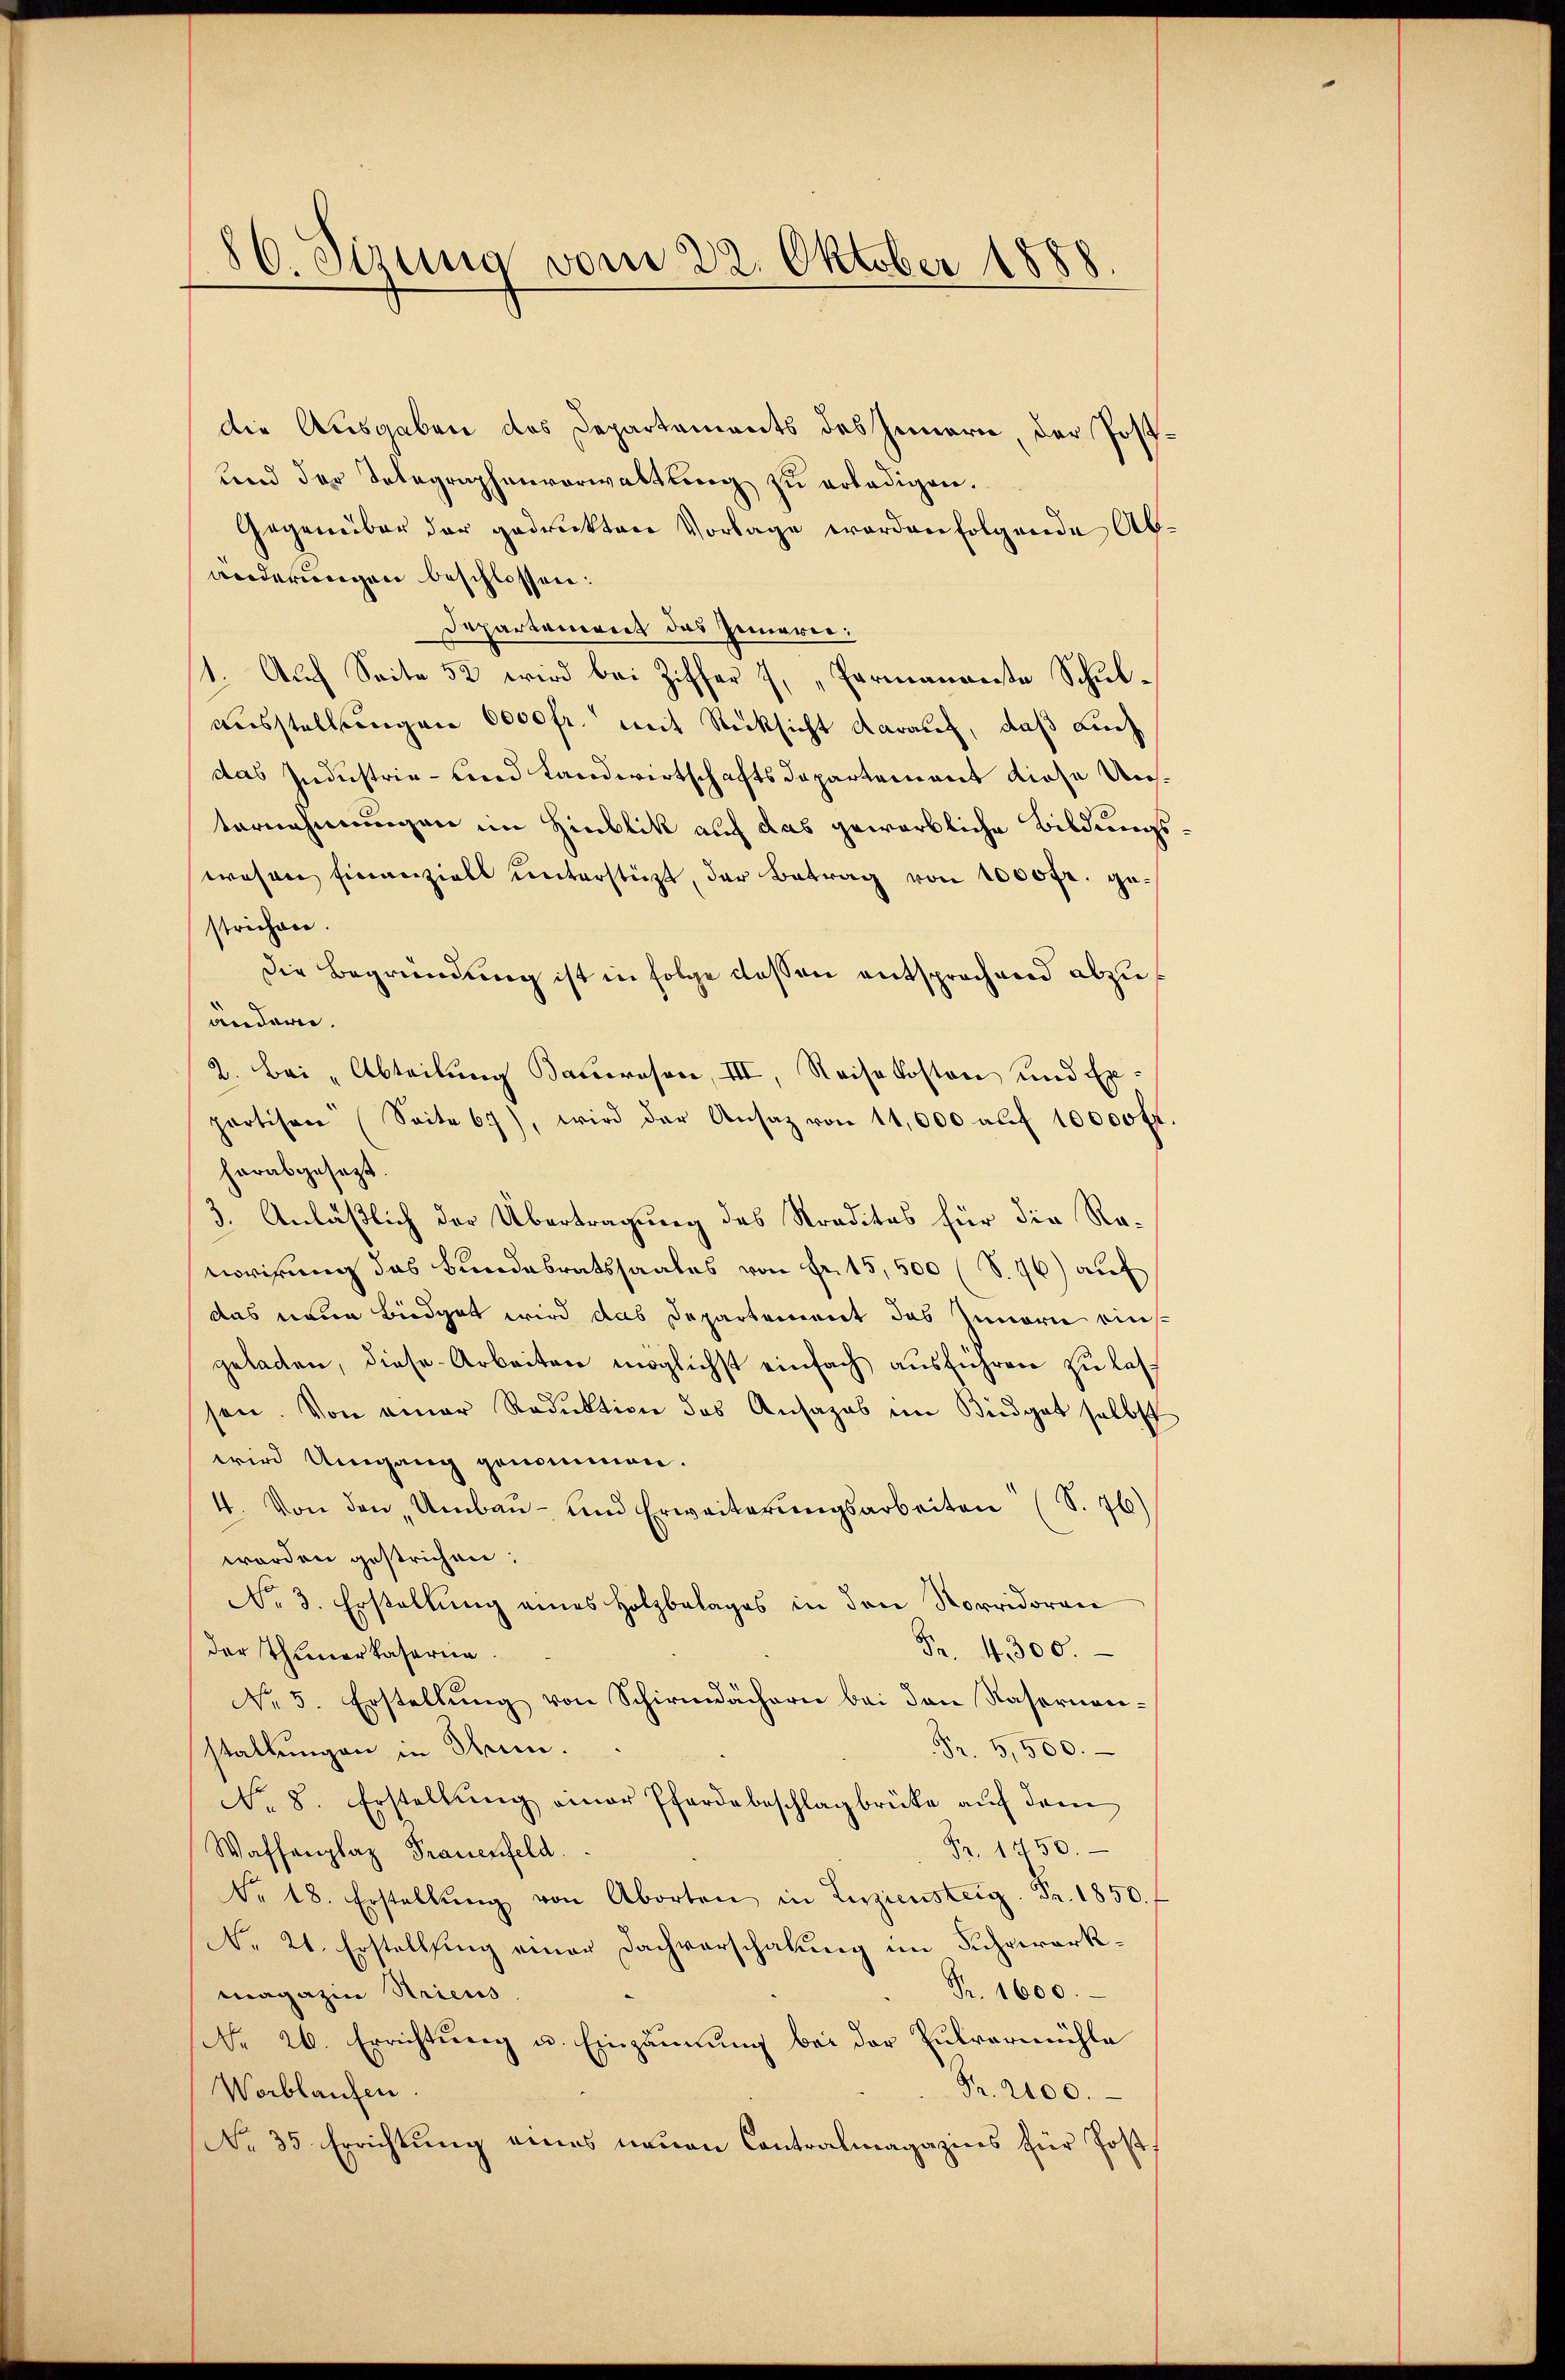
86. Sizung vom 22. Oktober 1888

die Ausgaben des Departements des Innern, der Post¬
und der Telegraphenverwaltung zŭ erledigen.
Gegenüber der gedruckten Vorlage worden folgende Abänderungen beschlossen:
Departement das Innerei:
1. Auf Seite 52 wird bei Ziffer 7, „Parmanente Schulausstellungen 6000 fr. mit Rücksicht darauf, daß Luchdas Industrie- und Landwirtschaftsdepartement diese Untornehmungen im Hinblik auf das gewerbliche Bildungswesen Finanziell unterstüzt, der Betrag von 1000fr. gestrichen.
Die Begründung ist in Folge dessen entsprochend abzuändern.
2. Bei "Abteilung Bauerson, III, Reisekosten und Expartisen (Seite 67), wird der Ansaz von 14,000 auf 10000 fr.
herabgesezt.
3. Anläßlich der Übertragung des Straditas für die Renorirung das Bundesratssaales von Fr. 15,500 (S. 46) auf
das neue Biedget wird das Departement das Innern einsgeladen, diese Arbeiten möglichst einfach ausführen zu lassen. Von einer Reduktion des Ansazas im Büdget selbst
wird Umgang genommen.
4. Von den Umbau- und Erweiterungsarbeiten (S. 76)
worden gestrichen.
No. 3. Erstellŭng eines Holzbelages in den Norridoran
Fr. 4300.
der Thunerkaserne
No. 5. Erstellŭng von Schirmdächern bei den Rasornan-
Fr. 5,500.
stallungen in Thun.
No. 8. Erstellŭng einer Pferdebeschlagbrüke aŭf dem
Fr. 1750.
Waffenplaz Frauenfeld.
Nr. 18. Erstellŭng von Aborten in Erziensteig. Fr. 1850. f
No. 21. Erstellung einer Dachverschalung im Suhrwerk¬
Fr. 1600.
Magazin Stricus.
No 26. Errichtung u. Einzäunung bei der Eulvermühle
Worblaufen
Fr. 2100.
NNo. 35 Errichtung eines neuen Contralmagazins für Post